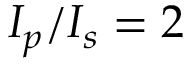
I _ { p } / I _ { s } = 2